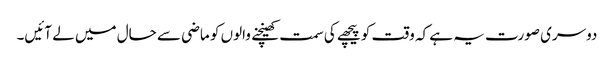
دوسری صورت یہ ہے کہ وقت کو پیچھے کی سمت کھینچنے والوں کو ماضی سے حال میں لے آئیں۔